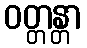
ဝတ္တန္တာ